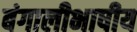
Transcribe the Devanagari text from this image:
बंगालीभाषीय